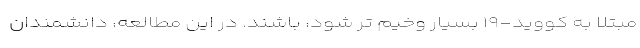
مبتلا به کووید-۱۹ بسیار وخیم تر شود، باشند. در این مطالعه، دانشمندان